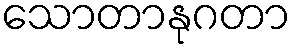
သောတာနုဂတာ